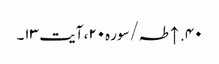
۴۰. ↑ طہ/سوره۲۰، آیت ۱۳۔